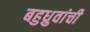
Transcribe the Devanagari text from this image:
बहुध्रुवांची